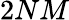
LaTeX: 2NM